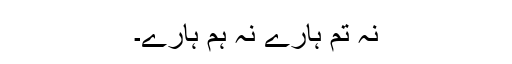
نہ تم ہارے نہ ہم ہارے۔